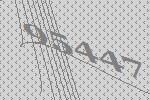
95447